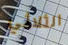
الثلاثي